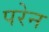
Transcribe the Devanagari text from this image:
परेन